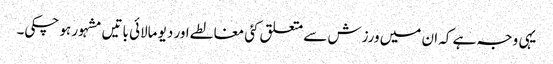
یہی وجہ ہے کہ ان میں ورزش سے متعلق کئی مغالطے اور دیو مالائی باتیں مشہور ہو چکی۔